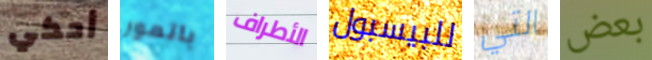
أحكي باتمور الأطراف للبيسبول التي بعض